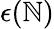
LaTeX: \epsilon(\mathbb{N})